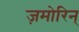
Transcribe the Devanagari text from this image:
ज़मोरिन्